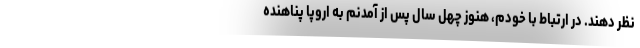
نظر دهند. در ارتباط با خودم، هنوز چهل سال پس از آمدنم به اروپا پناهنده